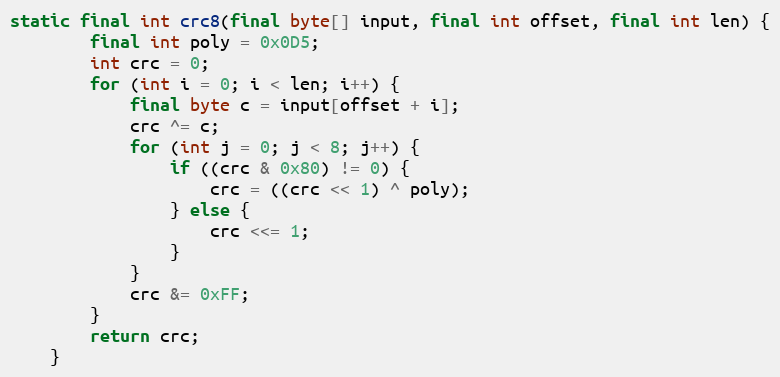
Language: Java
static final int crc8(final byte[] input, final int offset, final int len) {
		final int poly = 0x0D5;
		int crc = 0;
		for (int i = 0; i < len; i++) {
			final byte c = input[offset + i];
			crc ^= c;
			for (int j = 0; j < 8; j++) {
				if ((crc & 0x80) != 0) {
					crc = ((crc << 1) ^ poly);
				} else {
					crc <<= 1;
				}
			}
			crc &= 0xFF;
		}
		return crc;
	}